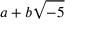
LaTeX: a + b { \sqrt { - 5 } }